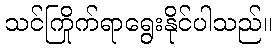
သင်ကြိုက်ရာရွေးနိုင်ပါသည်။